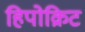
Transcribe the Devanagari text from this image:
हिपोक्रिट